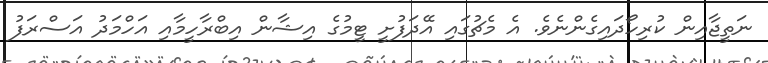
ނަތީޖާއިން ކުރިހޯދައިގެންނެވެ. އެ މެޗުގައި އޭދަފުށީ ޓީމުގެ އިޝާން އިބްރާހީމާއި އަހްމަދު އަސްރަފު